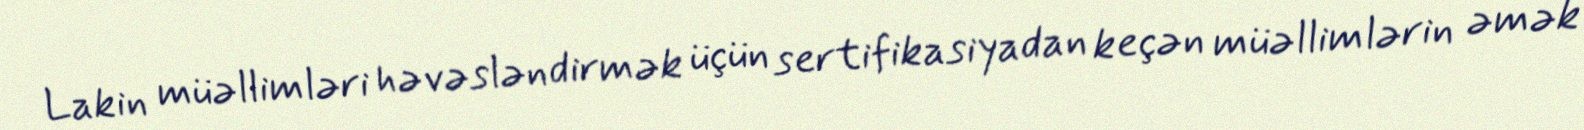
Lakin müəllimləri həvəsləndirmək üçün sertifikasiyadan keçən müəllimlərin əmək